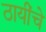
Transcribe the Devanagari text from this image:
ठायींचे